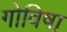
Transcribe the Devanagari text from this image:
गोविषा